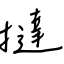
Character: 撻